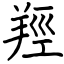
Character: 羥